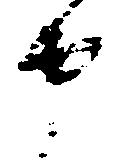
申